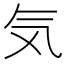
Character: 気